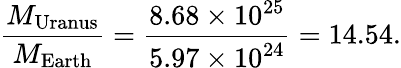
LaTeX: {\frac{M_{\mathrm{Uranus}}}{M_{\mathrm{Earth}}}}={\frac{8.68\times 10^{25}}{5.97\times 10^{24}}}=14.54.